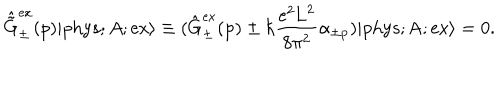
\hat { \tilde { \mathrm { G } } } _ { \pm } ^ { \mathrm { e x } } ( p ) | \mathrm { p h y s } ; A ; \mathrm { e x \rangle \equiv ( \hat { \mathrm { G } } _ { \pm } ^ { \mathrm { e x } } ( p ) \pm \hbar \frac { e ^ { 2 } \mathrm { L } ^ { 2 } } { 8 { \ p i } ^ { 2 } } \ a l p h a _ { \pm p } ) | \mathrm { p h y s } ; A ; \mathrm { e x \rangle = 0 . } }